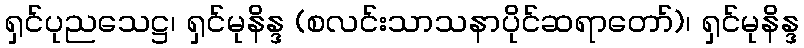
ရှင်ပုညသေဋ္ဌ၊ ရှင်မုနိန္ဒ (စလင်းသာသနာပိုင်ဆရာတော်)၊ ရှင်မုနိန္ဒ